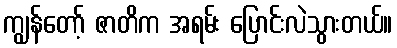
ကျွန်တော့် ဇာတိက အရမ်း ပြောင်းလဲသွားတယ်။